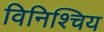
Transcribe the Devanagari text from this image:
विनिश्चिय